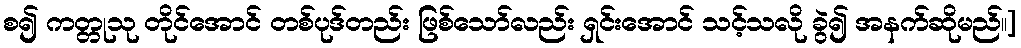
စ၍ ကတ္တုသု တိုင်အောင် တစ်ပုဒ်တည်း ဖြစ်သော်လည်း ရှင်းအောင် သင့်သလို ခွဲ၍ အနက်ဆိုမည်။]